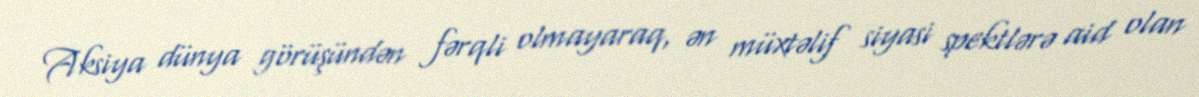
Aksiya dünya görüşündən fərqli olmayaraq, ən müxtəlif siyasi spektlərə aid olan